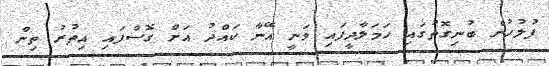
ފުލުހުން ބުނިގޮތުގައި ހަމަލާދީފައި ވަނީ އޭނާ ކައްދު އަށް ގޮސްފައި އިތުރު ތިން